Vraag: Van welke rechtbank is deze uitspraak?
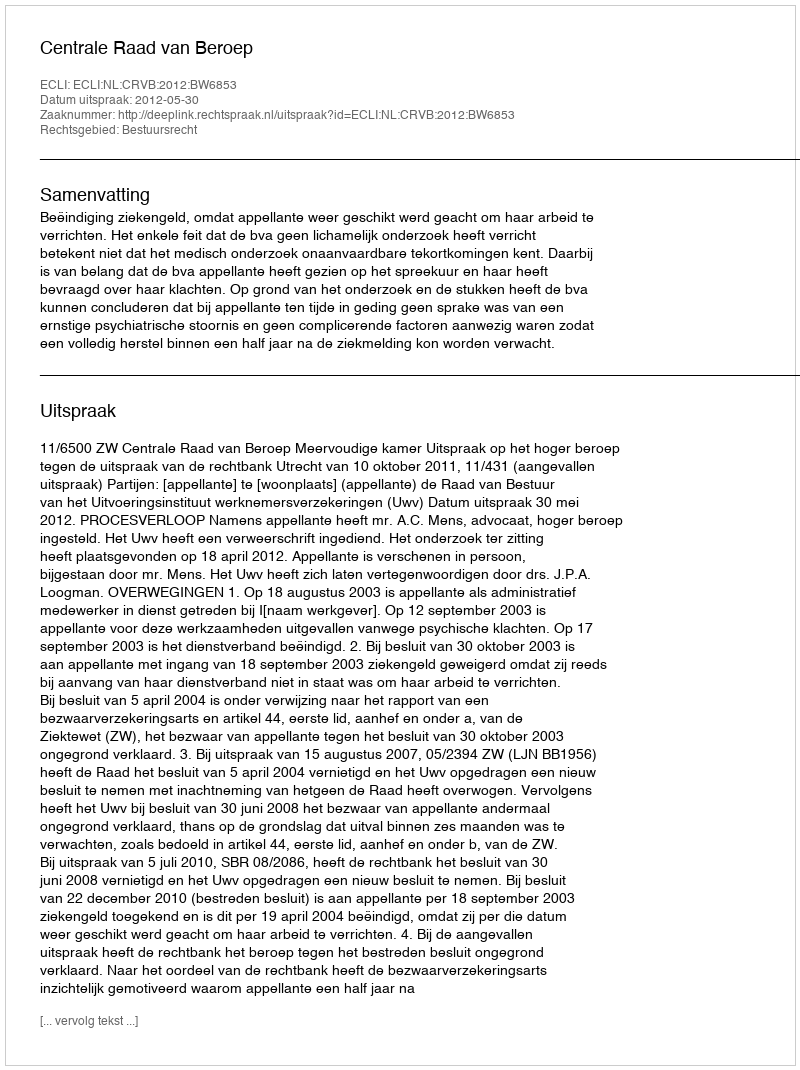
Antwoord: Centrale Raad van Beroep